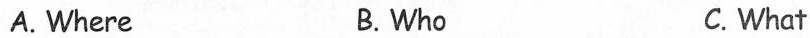
A.Where B. Who C. What